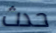
حدث